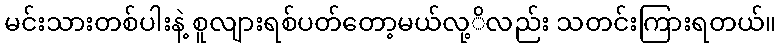
မင်းသားတစ်ပါးနဲ့ စူလျားရစ်ပတ်တော့မယ်လု့ိလည်း သတင်းကြားရတယ်။